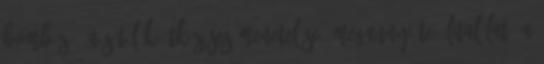
bombázó, a sétálók ütközéses menetelése: megannyi te- litalálat. A